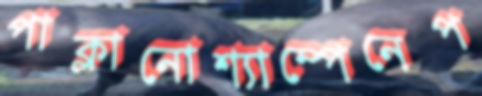
পাক্‌লানোশ্যাম্পেনেপ